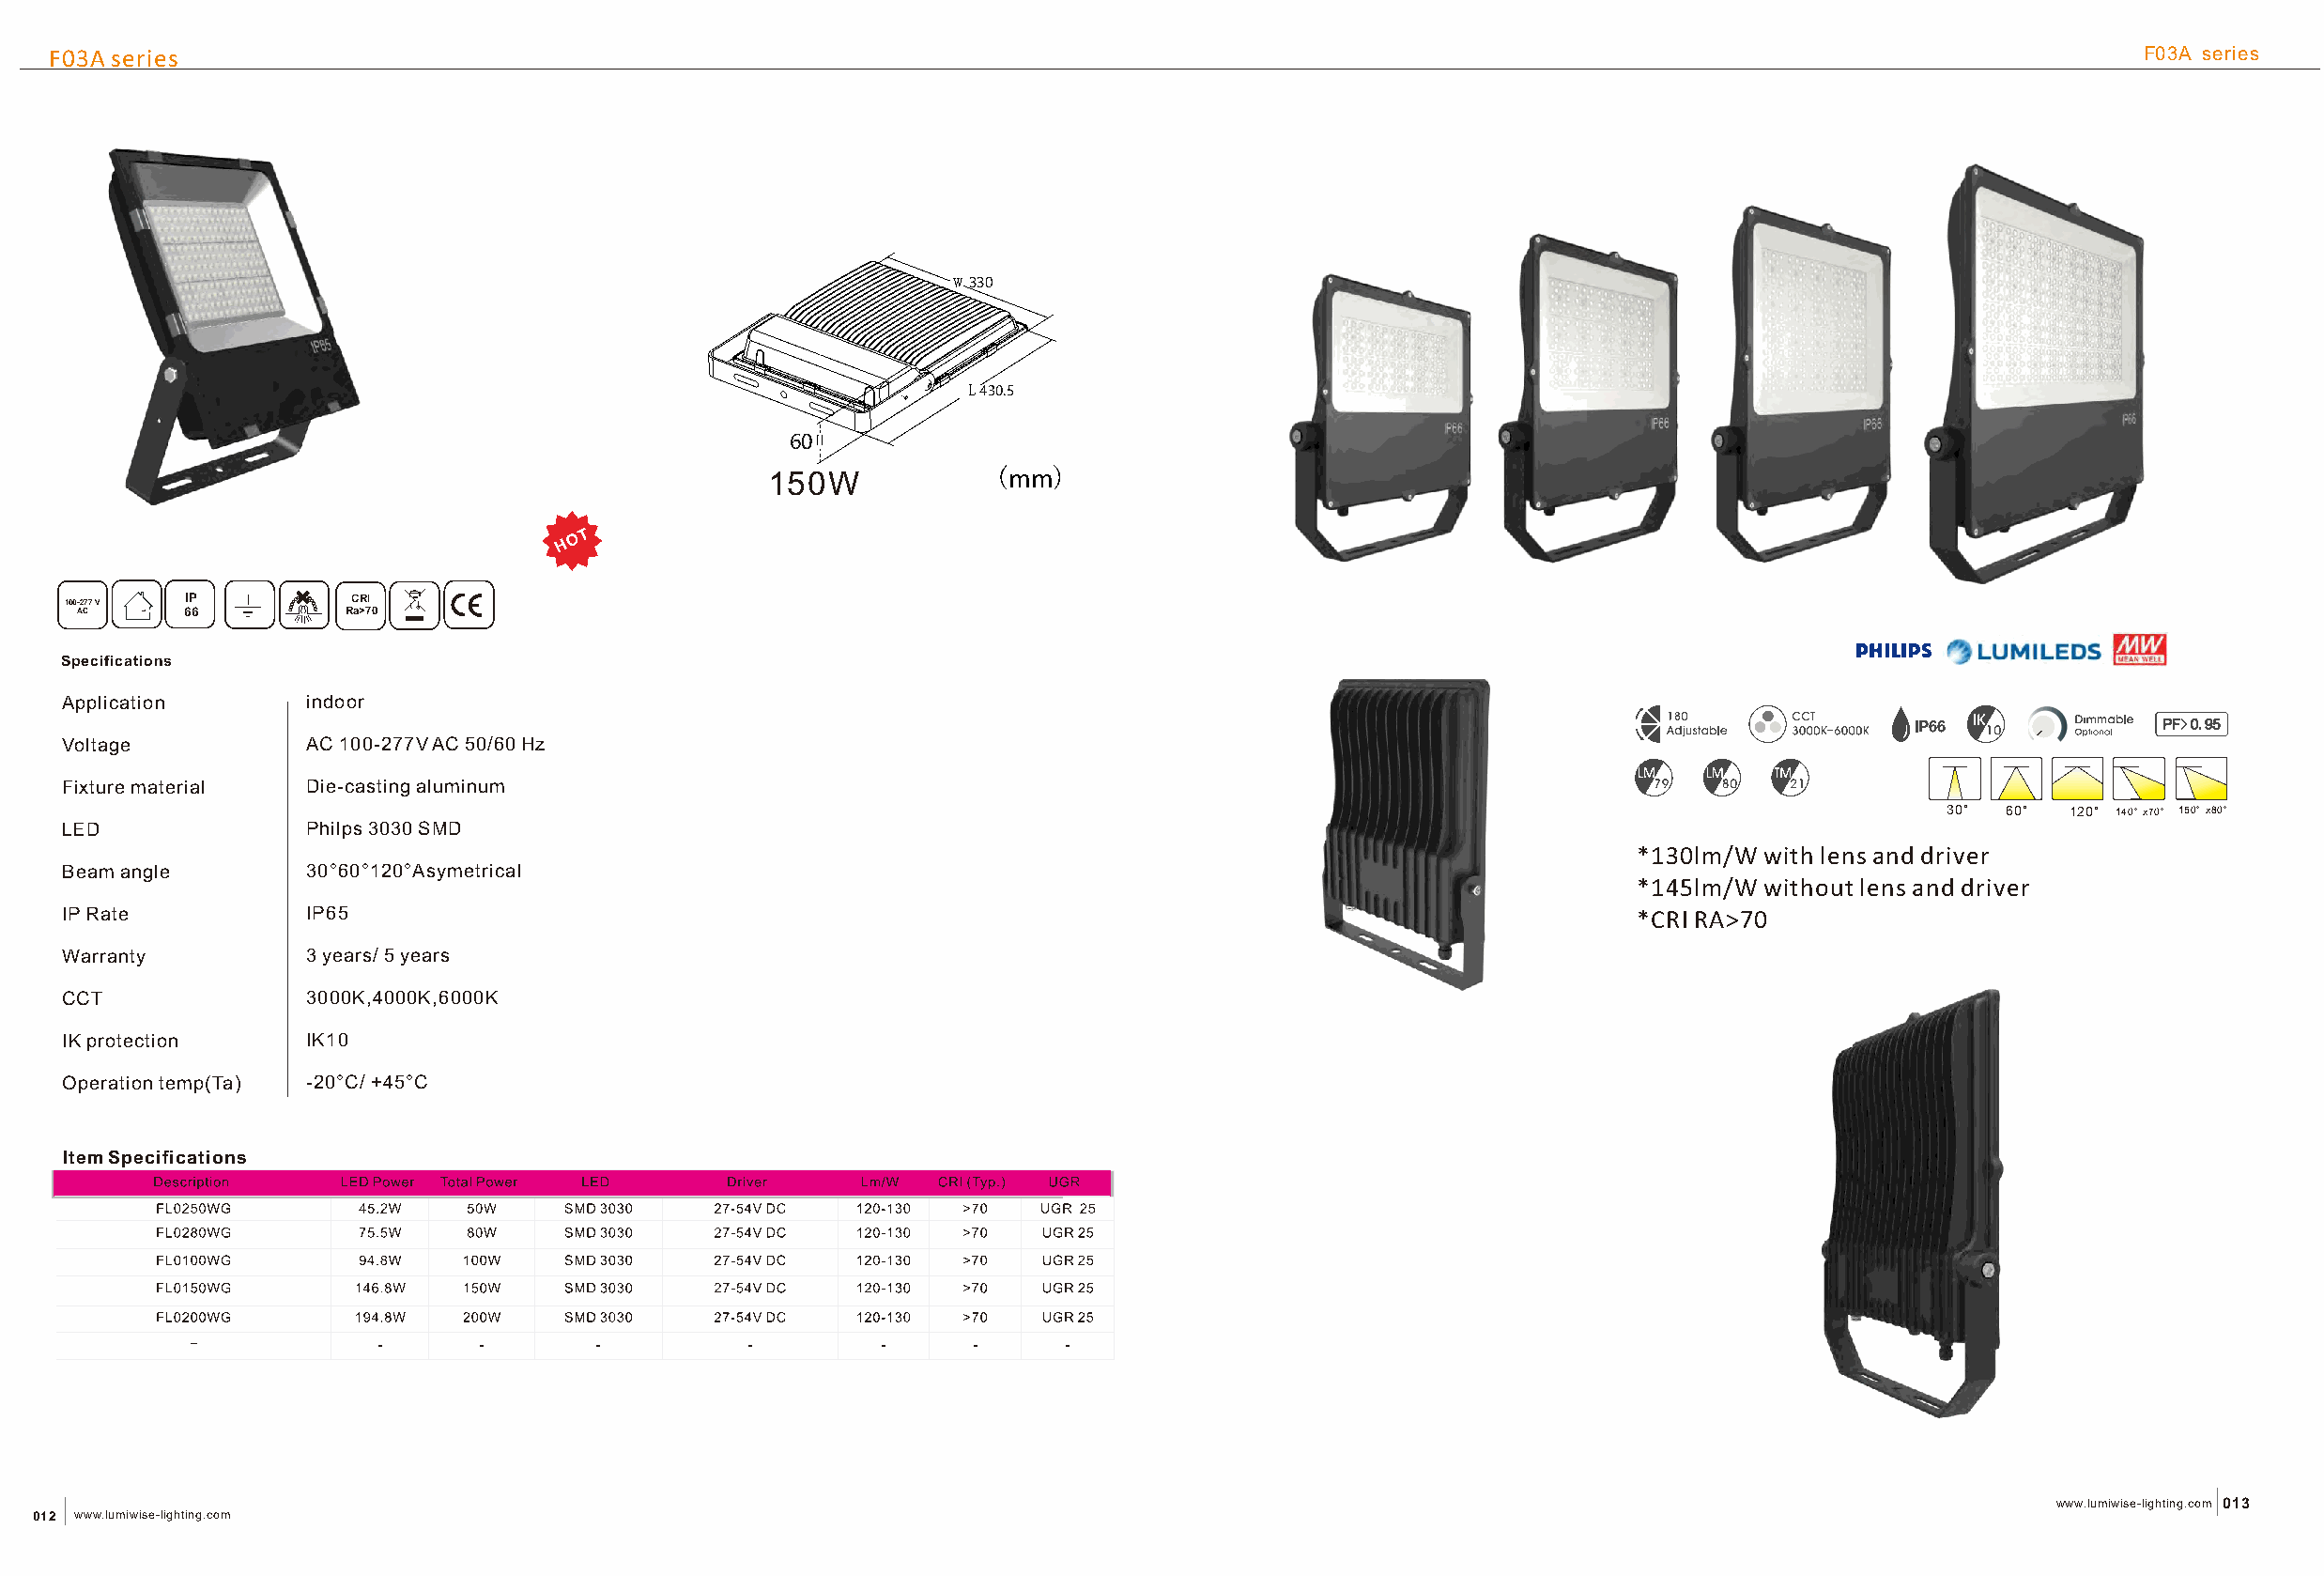
F03A series                                                                                                                                         F03A series
 w
 330
 L430.5
 60
 150W            (mm)
 H O T
 100-277 V IP        CCRRII
 AC      66         Ra>70
 Specifications
 Application       indoor
 Voltage           AC 100-277V AC 50/60 Hz
 Fixture material  D ie-casting aluminum
 30° 60°  120° 140°x70° 150°x80°
 LED               Philps 3030 SMD
 *130lm/W with lens and driver
 Beam angle        30°60°120°Asymetrical
 *145lm/W without lens and driver
 IP Rate           IP65                                                                                         *CRI RA>70
 Warranty          3 years/ 5 years
 CCT               3000K,4000K,6000K
 IK protection     IK10
 Operation temp(Ta) -20°C/ +45°C
 Item Specifications
 www.lumiwise-lighting.com 013
 012 www.lumiwise-lighting.com